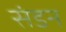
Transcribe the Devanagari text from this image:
संडन